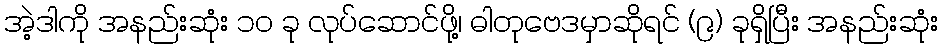
အဲ့ဒါကို အနည်းဆုံး ၁၀ ခု လုပ်ဆောင်ဖို့၊ ဓါတုဗေဒမှာဆိုရင် (၉) ခုရှိပြီး အနည်းဆုံး